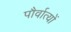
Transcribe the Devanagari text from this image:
पौर्वात्यों